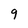
Character: 9